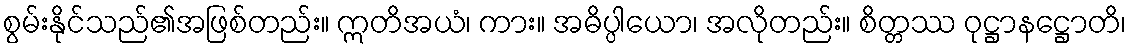
စွမ်းနိုင်သည်၏အဖြစ်တည်း။ ဣတိအယံ၊ ကား။ အဓိပ္ပါယော၊ အလိုတည်း။ စိတ္တဿ ဝုဋ္ဌာနဋ္ဌောတိ၊